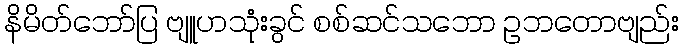
နိမိတ်ဘော်ပြ ဗျူဟသုံးခွင် စစ်ဆင်သဘော ဥဘတောဗျည်း